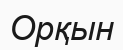
Орқын